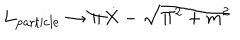
LaTeX: L _ { \mathrm { p a r t i c l e } } \to \Pi \dot { X } - \sqrt { \Pi ^ { 2 } + m ^ { 2 } }